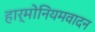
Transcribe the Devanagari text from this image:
हार्मोनियमवादन